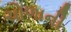
ચોળાની